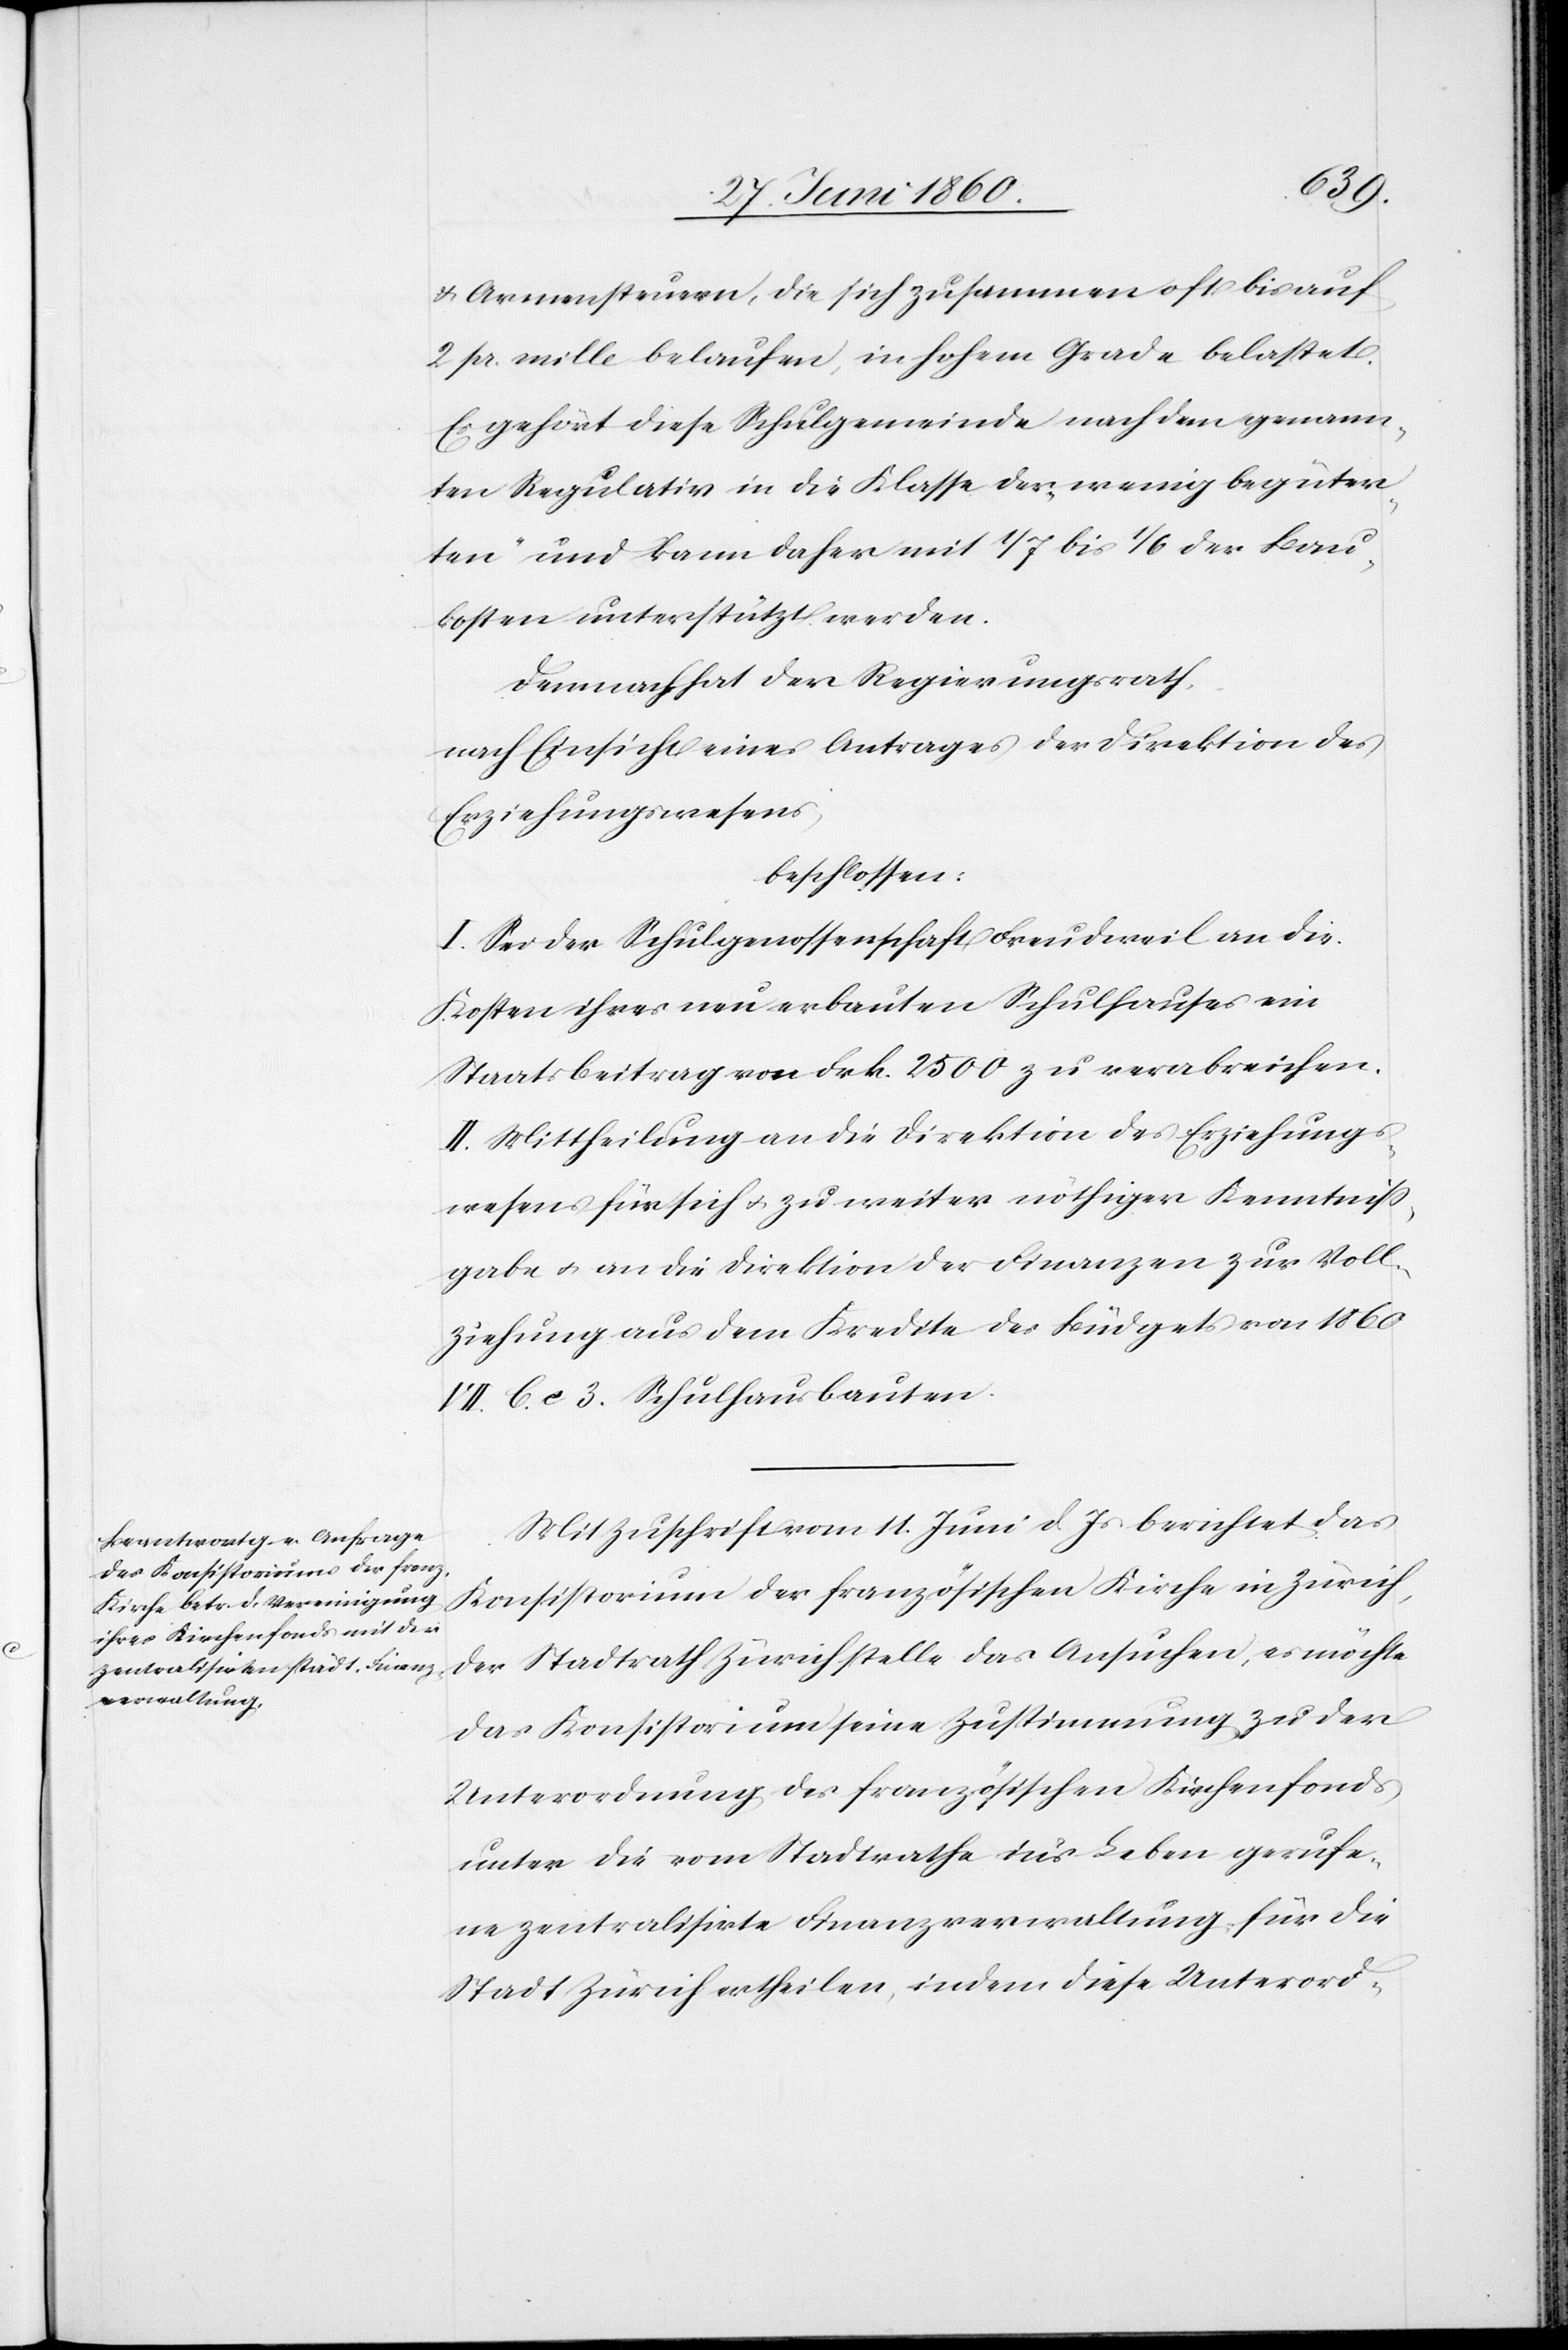
u. Armensteuern, die sich zusammen oft bis auf
2. pr, mille belaufen, in hohem Grade belastet.
Es gehört diese Schulgemeinde nach dem genann¬
ten Regulativ in die Klasse der „wenig begüter¬
ten“ und kann daher mit 1/7 bis 1/6 der Bau¬
kosten unterstützt werden.
Demnach hat der Regierungsrath,
nach Einsicht eines Antrages der Direktion des
Erziehungswesens,
beschlossen:
I. Sei der Schulgenossenschaft Freudweil an div.
Kosten ihres neu erbauten Schulhauses ein
Staatsbeitrag von Frk. 2500 zu verabreichen.
II. Mittheilung an die Direktion des Erziehungs¬
wesens für sich u. zu weiter nöthiger Kenntniss¬
gabe u. an die Direktion der Finanzen zur Voll¬
ziehung aus dem Kredite des Büdgets von 1860
VII. C e 3. Schulhausbauten.
Mit Zuschrift vom 11. Juni d. Js. berichtet das
Konsistorium der französischen Kirche in Zürich,
der Stadtrath Zürich stelle das Ansuchen, es möchte
das Konsistorium seine Zustimmung zu der
Unterordnung des französischen Kirchenfonds
unter die vom Stadtrathe in’s Leben gerufe¬
ne zentralisirte Finanzverwaltung, für die
Stadt Zürich ertheilen, indem diese Unterord-